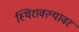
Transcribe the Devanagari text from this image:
स्थिरावल्यावर